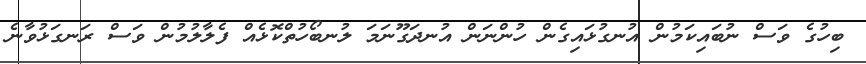
ބިހުގެ ވަސް ނުބައިކަމުން އުނގުޅައިގެން ހުންނަން އުނދަގޫނަމަ ލުނބޯހުތްކޮޅެއް ފެލާލުމުން ވަސް ރަނގަޅުވާނެ